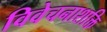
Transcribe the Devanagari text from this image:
विवेचनाशक्ति